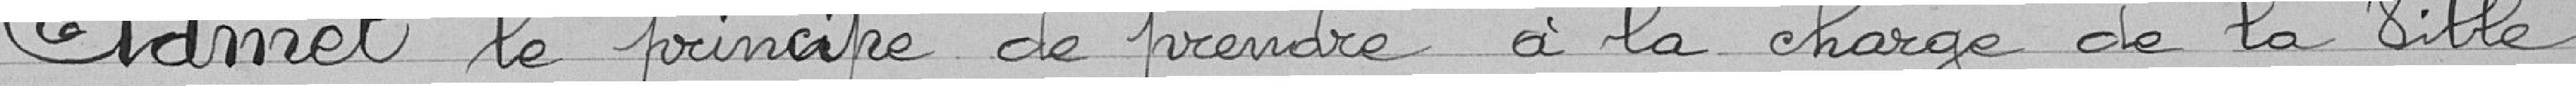
Admet le principe de prendre à la charge de la Ville